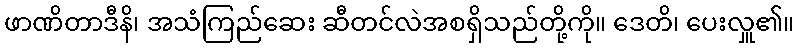
ဖာဏိတာဒီနိ၊ အသံကြည်ဆေး ဆီတင်လဲအစရှိသည်တို့ကို။ ဒေတိ၊ ပေးလှူ၏။